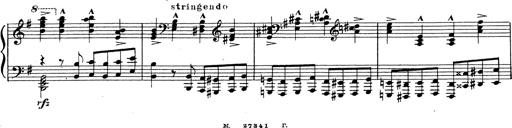
Title: Grosses Konzertsolo
Composer: Franz Liszt